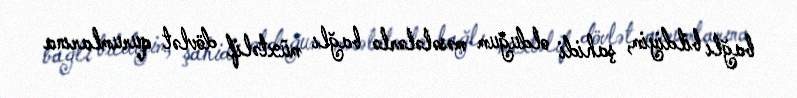
bağlı bildiyim, şahidi olduğum məsələlərlə bağlı müxtəlif dövlət qurumlarına